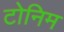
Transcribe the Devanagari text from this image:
टोनिम